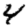
Digit: 4